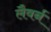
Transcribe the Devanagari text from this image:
लैवर्न